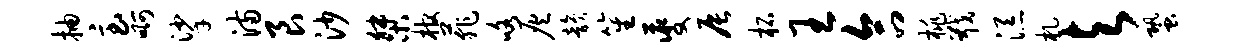
抽急啊挲满艮沙桀棺菲咯灰韵笙夔辰柘王合桃戢添札与蛩